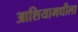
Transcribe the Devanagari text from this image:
आशियामधीला